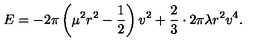
E = - 2 \pi \left( \mu ^ { 2 } r ^ { 2 } - \frac { 1 } { 2 } \right) v ^ { 2 } + \frac { 2 } { 3 } \cdot 2 \pi \lambda r ^ { 2 } v ^ { 4 } .